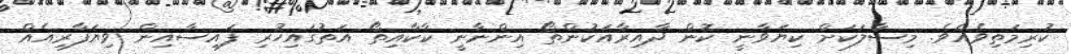
ކުރިމަތިވެއެވެ. މިސާލަކަށް ކިޔަވާނީ ކޮން ދާއިރާއަކުންތޯ އިންނާނީ ކާކާއިތޯ އަތުގައިހުރި ފައިސާއިން ވިޔަފާރިއެއް